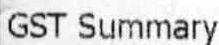
GST SUMMARY